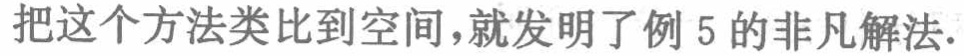
把这个方法类比到空间，就发明了例 5 的非凡解法.